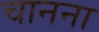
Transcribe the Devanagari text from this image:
चानना